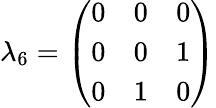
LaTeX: \lambda_{6}={\left(\begin{array}{lll}{0}&{0}&{0}\\ {0}&{0}&{1}\\ {0}&{1}&{0}\end{array}\right)}